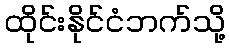
ထိုင်းနိုင်ငံဘက်သို့